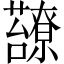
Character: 𧄈